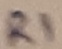
Text: R1